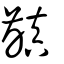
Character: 齻